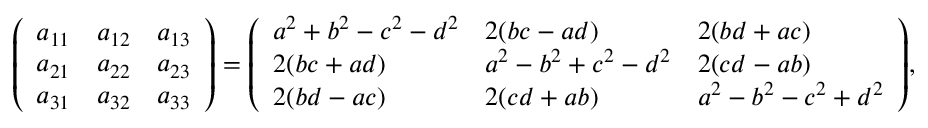
{ \left( \begin{array} { l l l } { a _ { 1 1 } } & { a _ { 1 2 } } & { a _ { 1 3 } } \\ { a _ { 2 1 } } & { a _ { 2 2 } } & { a _ { 2 3 } } \\ { a _ { 3 1 } } & { a _ { 3 2 } } & { a _ { 3 3 } } \end{array} \right) } = { \left( \begin{array} { l l l } { a ^ { 2 } + b ^ { 2 } - c ^ { 2 } - d ^ { 2 } } & { 2 ( b c - a d ) } & { 2 ( b d + a c ) } \\ { 2 ( b c + a d ) } & { a ^ { 2 } - b ^ { 2 } + c ^ { 2 } - d ^ { 2 } } & { 2 ( c d - a b ) } \\ { 2 ( b d - a c ) } & { 2 ( c d + a b ) } & { a ^ { 2 } - b ^ { 2 } - c ^ { 2 } + d ^ { 2 } } \end{array} \right) } ,